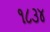
૧૮૩૪